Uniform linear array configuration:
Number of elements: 64
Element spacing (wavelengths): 0.5
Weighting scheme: cosine
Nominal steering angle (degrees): -60
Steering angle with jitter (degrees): -60.823
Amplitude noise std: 0.05
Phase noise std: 0.05

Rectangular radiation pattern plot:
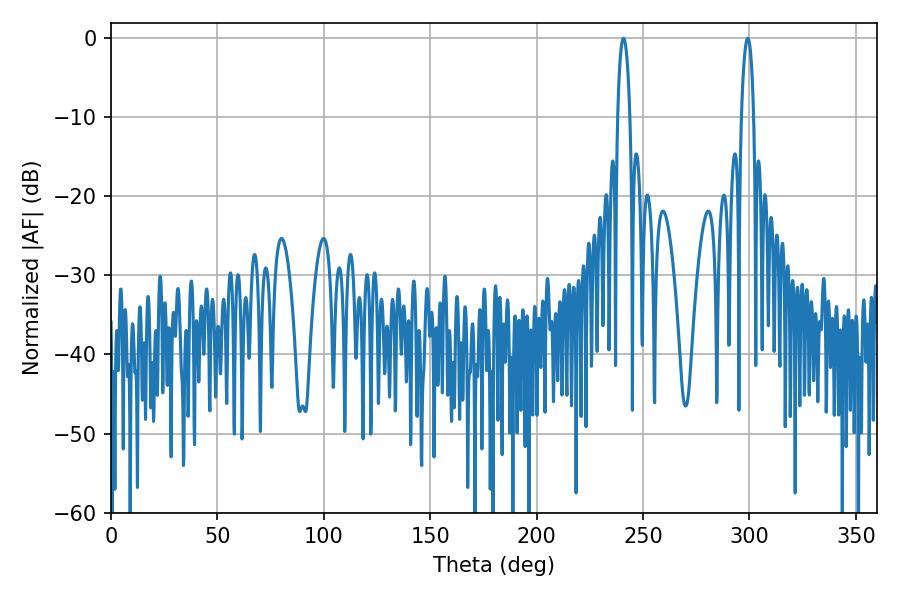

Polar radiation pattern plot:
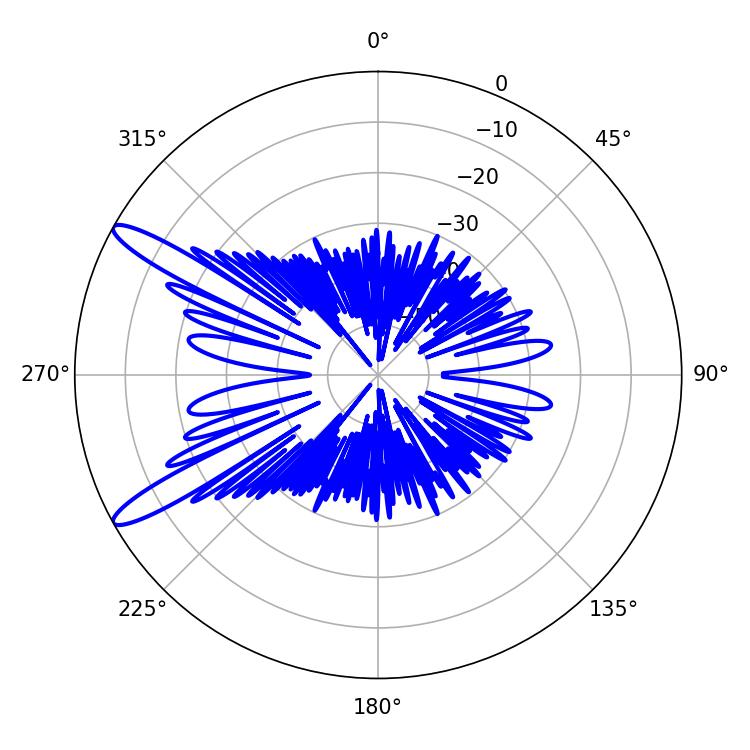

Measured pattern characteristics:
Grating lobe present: FALSE
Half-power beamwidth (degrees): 3.24
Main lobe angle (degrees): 299.16